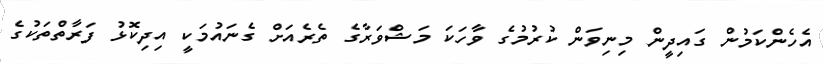
އެހެންކަމުން ގައިދީން މިނިވަން ކުރުމުގެ ވާހަކަ މަޝްވަރާގެ ތެރެއަށް ގެނައުމަކީ އިދިކޮޅު ފަރާތްތަކުގެ